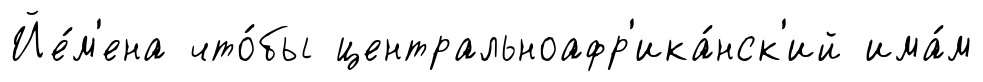
Йе́м'ена что́бы центральноафр'ика́нск'ий има́м